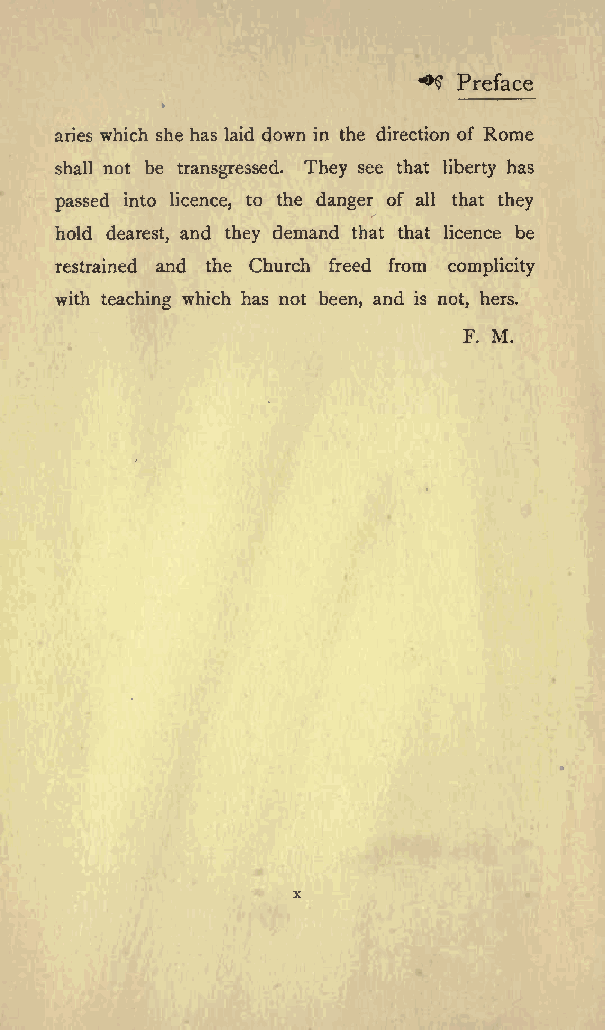
+$ Preface
 aries which she has laid down in the direction of Rome
 shall not be transgressed. They see that liberty has
 passed into licence, to the danger of all that they
 hold dearest, and they demand that that licence be
 restrained and the Church freed from complicity
 with teaching which has not been, and is not, hers.
 F. M.